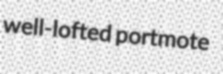
well-lofted portmote